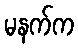
မနက်က